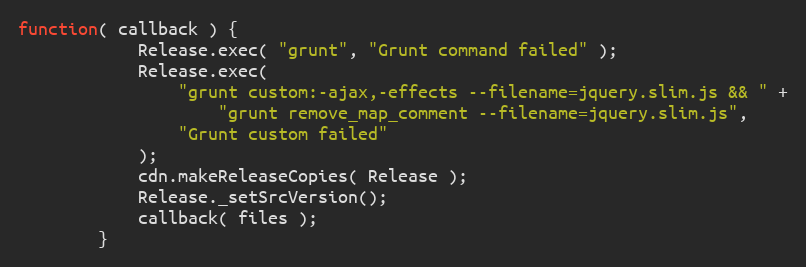
Language: JavaScript
function( callback ) {
			Release.exec( "grunt", "Grunt command failed" );
			Release.exec(
				"grunt custom:-ajax,-effects --filename=jquery.slim.js && " +
					"grunt remove_map_comment --filename=jquery.slim.js",
				"Grunt custom failed"
			);
			cdn.makeReleaseCopies( Release );
			Release._setSrcVersion();
			callback( files );
		}